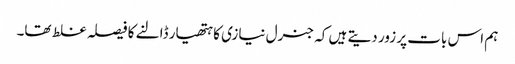
ہم اس بات پر زور دیتے ہیں کہ جنرل نیازی کا ہتھیار ڈالنے کا فیصلہ غلط تھا۔